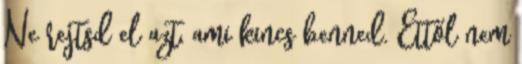
Ne rejtsd el azt, ami kincs benned. Ettől nem